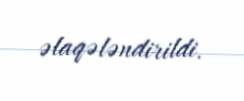
əlaqələndirildi.